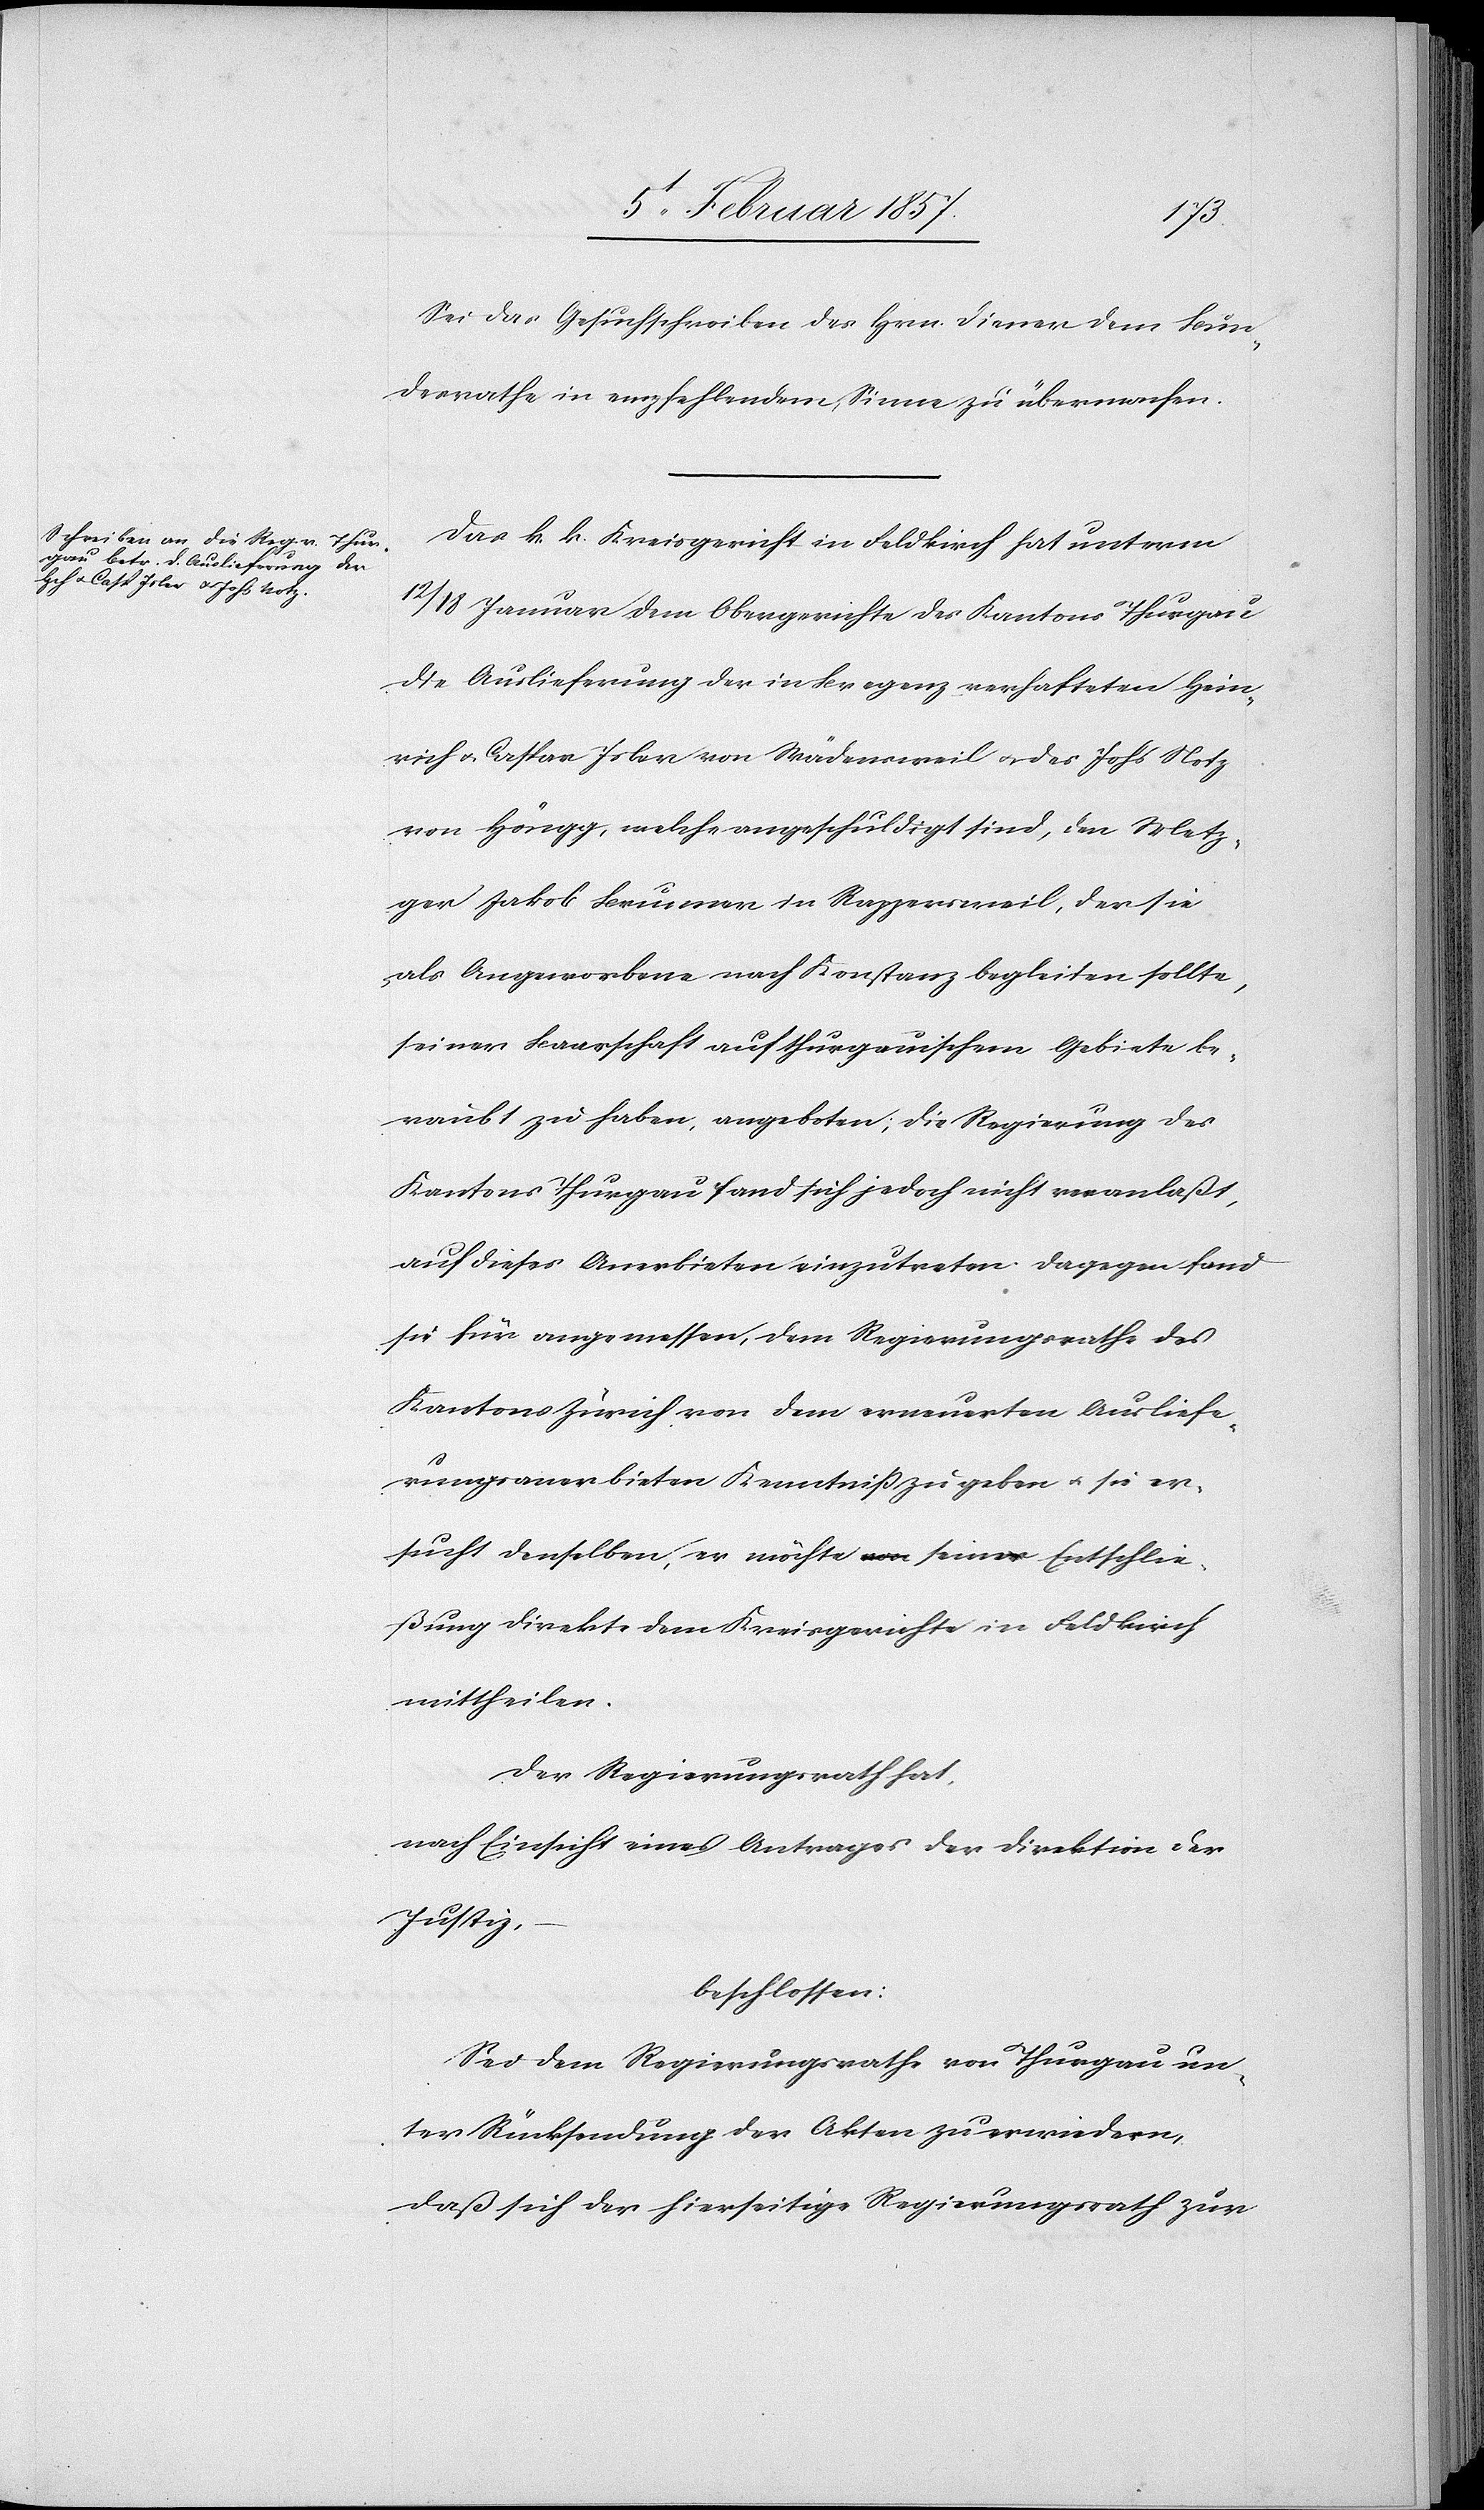
Sei das Gesuchschreiben des Hrn. Diener dem Bun¬
desrathe in empfehlendem Sinne zu übermachen.
Das k. k. Kreisgericht in Feldkirch hat unterm
12/18 Januar dem Obergericht des Kantons Thurgau
die Auslieferung der in Bregenz verhafteten Hein¬
rich & Caspar Isler von Wädensweil u. des Johs Notz
von Höngg, welche angeschuldigt sind, den Metz¬
ger Jakob Brunner in Rappersweil, der sie
als Angeworbene nach Konstanz begleiten sollte,
seiner Baarschaft auf thurgauischem Gebiete be¬
raubt zu haben, angeboten; die Regierung des
Kantons Thurgau fand sich jedoch nicht veranlaßt,
auf dieses Anerbieten einzutreten. Dagegen fand
sie für angemessen, dem Regierungsrathe des
Kantons Zürich von dem erneuerten Ausliefe¬
rungsanerbieten Kenntniß zu geben u. sie er¬
sucht denselben, er möchte seine Entschlie¬
ßung direkte dem Kreisgerichte in Feldkirch
mittheilen.
Der Regierungsrath hat,
nach Einsicht eines Antrages der Direktion der
Justiz,
beschossen:
Sei dem Regierungsrathe von Thurgau un¬
ter Rücksendung der Akten zu erwiedern,
daß sich der hierseitige Regierungsrath zur